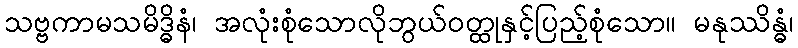
သဗ္ဗကာမသမိဒ္ဓိနံ၊ အလုံးစုံသောလိုဘွယ်ဝတ္ထုနှင့်ပြည့်စုံသော။ မနုဿိန္ဓံ၊